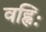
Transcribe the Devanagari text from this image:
वह्निः